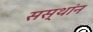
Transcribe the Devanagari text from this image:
सस्थांन